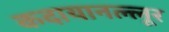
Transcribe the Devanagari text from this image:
कदायानल्लूर